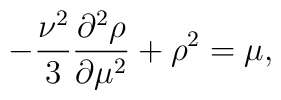
-{\nu^2\over3}\frac{\partial^2\rho}{\partial \mu^2}+\rho^2=\mu,